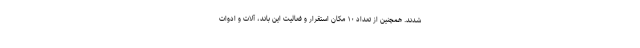
شدند. همچنین از تعداد ۱۰ مکان استقرار و فعالیت این باند، آلات و ادوات